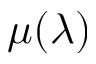
\mu ( \lambda )